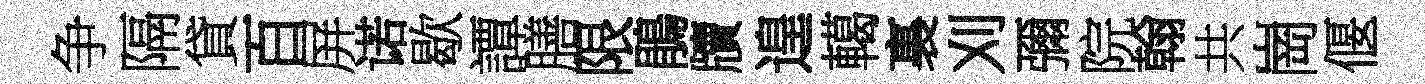
争隔貸百屏诺歇譚膳限鵑牘遑轕裏刈彌院翰共崗偃